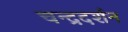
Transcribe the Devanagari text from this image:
चन्द्रदर्शन